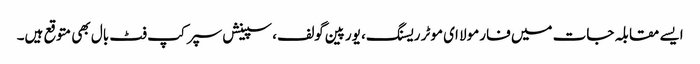
ایسے مقابلہ جات میں فارمولا ای موٹر ریسنگ، یورپین گولف، سپینش سپر کپ فٹ بال بھی متوقع ہیں۔